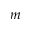
m